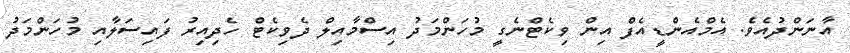
އާނަންދުއެވެ. އެމްއެންޑީއެފް އިން ވިކެޓްނެގީ މުހަންމަދު އިސްމާއިލް ދެވިކެޓް ހެދިއިރު ފައިސަލާއި މުހަންމަދު